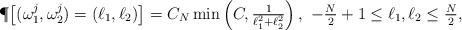
LaTeX: \begin{align*}\P &\big[ (\omega_1^j, \omega_2^j) = (\ell_1, \ell_2) \big] = C_N \min\left(C, \tfrac{1}{\ell_1^2 + \ell_2^2 }\right),\ -\tfrac{N}{2}+1 \leq \ell_1, \ell_2 \leq \tfrac{N}{2},\end{align*}